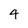
Character: 4